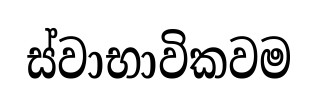
ස්වාභාවිකවම